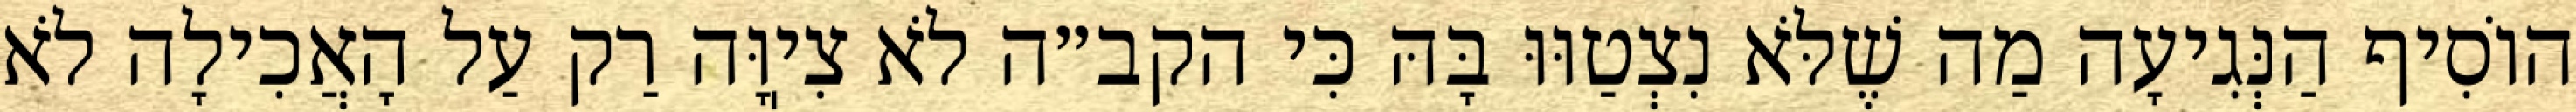
הוֹסִיף הַנְּגִיעָה מַה שֶׁלֹּא נִצְטַוּוּ בָּהּ כִּי הקב״ה לֹא צִיֽוָּה רַק עַל הָאֲכִילָה לֹא